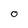
Character: O